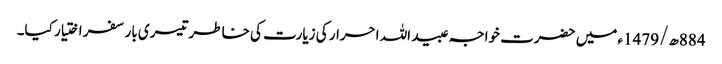
884ھ/1479ء میں حضرت خواجہ عبید اللہ احرار کی زیارت کی خاطر تیسری بار سفر اختیار کیا۔